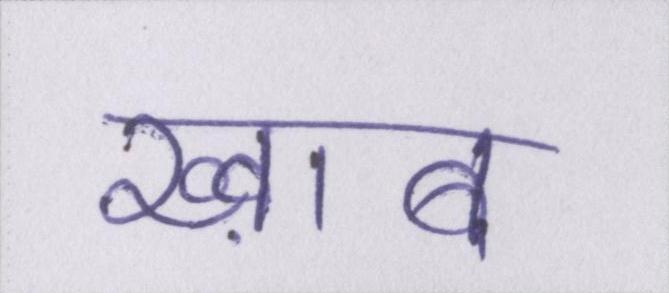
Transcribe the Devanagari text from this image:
ख्व़ाब